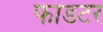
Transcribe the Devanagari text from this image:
फाडटर